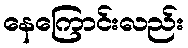
နေကြောင်းလည်း